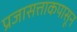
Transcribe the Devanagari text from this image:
प्रजासत्ताकपासून